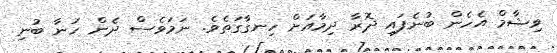
ވިޝާމް އެހެން ބުނެފައި ދޮރާ ދިމާއަށް ހިނގާގަތެވެ. ނަމަވެސް ދެން ހަނާ ބުނި